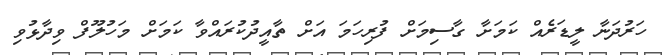
ހަރުދަނާ ލީޑަރެއް ކަމަށާ ގާސިމަށް ފުރިހަމަ އަށް ތާއީދުކުރައްވާ ކަމަށް މަހުލޫފް ވިދާޅުވި